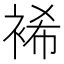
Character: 𮖆